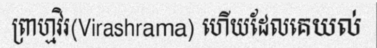
ព្រាហ្មវិរ(Virashrama) ហើយដែលគេយល់